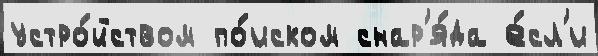
устро́йством по́иском снар'я́да е́сл'и